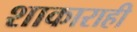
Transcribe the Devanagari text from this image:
शाकाराही